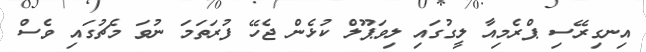
އިނގިރޭސި ޕްރެމިއާ ލީގުގައި ލިވަޕޫލް ކުޅެން ޖެހޭ ފުރަތަމަ ނުވަ މެޗުގައި ވެސް